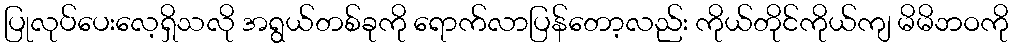
ပြုလုပ်ပေးလေ့ရှိသလို အရွယ်တစ်ခုကို ရောက်လာပြန်တော့လည်း ကိုယ်တိုင်ကိုယ်ကျ မိမိဘဝကို